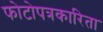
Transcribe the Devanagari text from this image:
फोटोपत्रकारिता